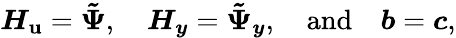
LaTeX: \boldsymbol{H_{\mathbf{u}}}=\boldsymbol{\tilde{{\Psi}}},\quad\boldsymbol{H_{y}}=\boldsymbol{\tilde{{\Psi}}_{y}},\quad\mathrm{{and}}\quad\boldsymbol{b}=\boldsymbol{c},